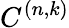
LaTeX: C^{(n,k)}